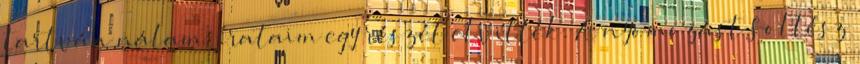
tartván nálam, irataim egy részét elvitték. A nyomozást Soltész